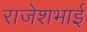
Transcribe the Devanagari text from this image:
राजेशभाई